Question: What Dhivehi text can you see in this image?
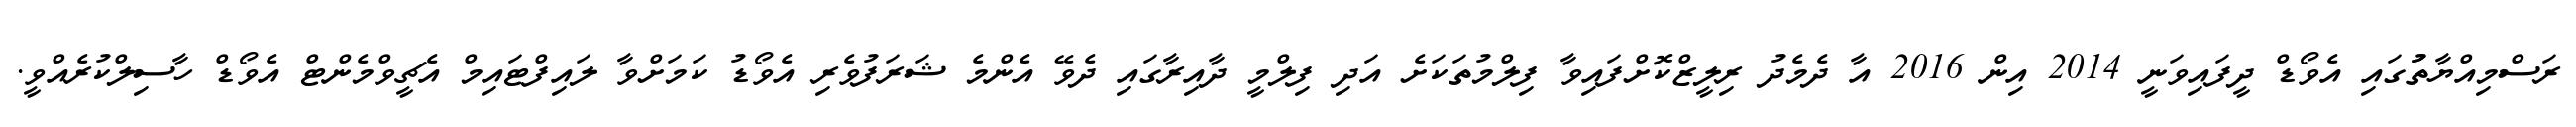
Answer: ރަސްމިއްޔާތުުގައި އެވޯޑް ދީފައިވަނީ 2014 އިން 2016 އާ ދެމެދު ރިލީޒްކޮށްފައިވާ ފިލްމުތަކަށެ އަދި ފިލްމީ ދާއިރާގައި ދެވޭ އެންމެ ޝަރަފުވެރި އެވޯޑު ކަމަށްވާ ލައިފްޓައިމް އެޗީވްމެންޓް އެވޯޑް ހާސިލްކުރެއްވީ.